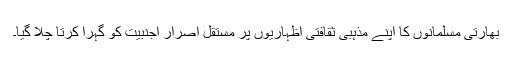
بھارتی مسلمانوں کا اپنے مذہبی ثقافتی اظہاریوں پر مستقل اصرار اجنبیت کو گہرا کرتا چلا گیا۔